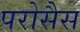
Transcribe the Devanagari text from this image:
परोसैस